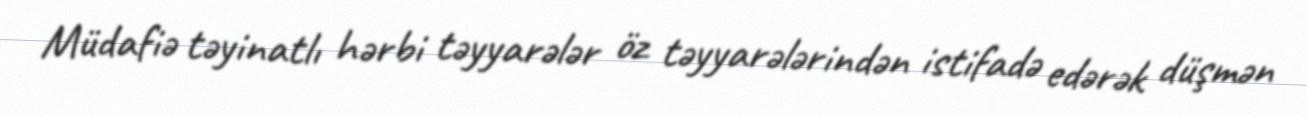
Müdafiə təyinatlı hərbi təyyarələr öz təyyarələrindən istifadə edərək düşmən